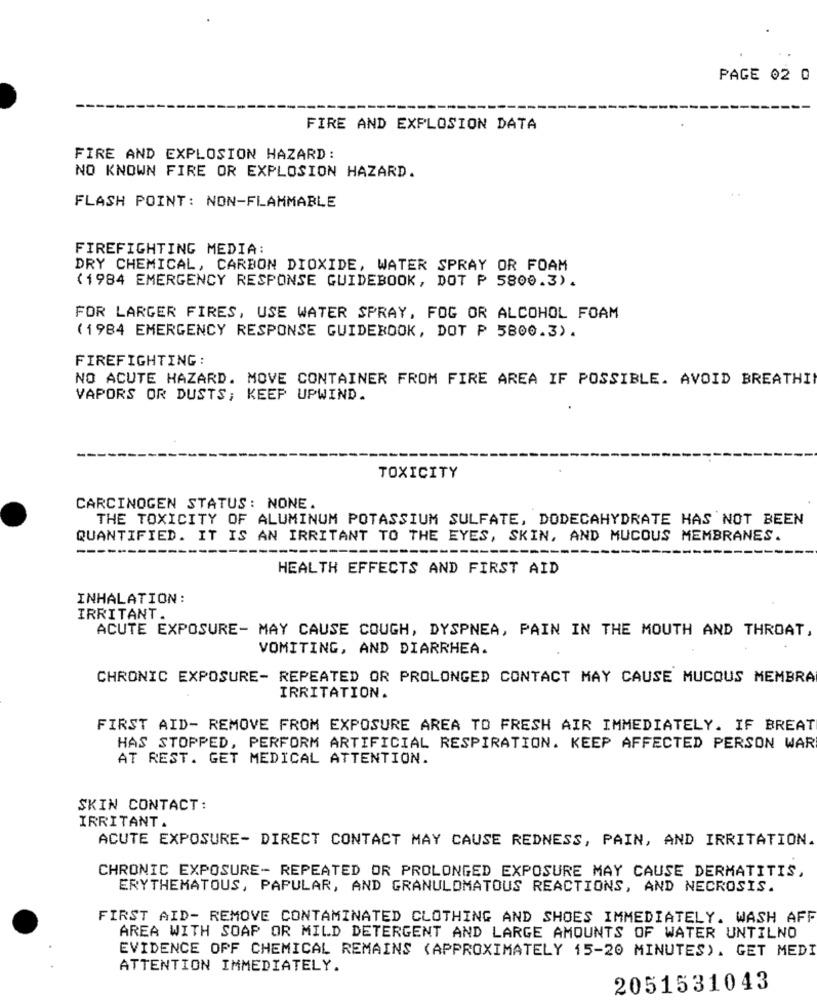
PAGE 02 0
FIRE AND EXPLOSION DATA
FIRE AND EXPLOSION HAZARD:
NO KNOWN FIRE OR EXPLOSION HAZARD.
FLASH POINT: NON-FLAMMABLE
FIREFIGHTING MEDIA:
DRY CHEMICAL, CARBON DIOXIDE, WATER SPRAY OR FOAM
(1984 EMERGENCY RESPONSE GUIDEBOOK, DOT P 5800.3).
FOR LARGER FIRES, USE WATER SPRAY, FOG OR ALCOHOL FOAM
(1984 EMERGENCY RESPONSE GUIDEBOOK, DOT P 5800.3).
FIREFIGHTING :
NO ACUTE HAZARD. MOVE CONTAINER FROM FIRE AREA IF POSSIBLE. AVOID BREATHIN
VAPORS OR DUSTS; KEEP UPWIND.
TOXICITY
CARCINOGEN STATUS: NONE.
THE TOXICITY OF ALUMINUM POTASSIUM SULFATE, DODECAHYDRATE HAS NOT BEEN
QUANTIFIED. IT IS AN IRRITANT TO THE EYES, SKIN, AND MUCOUS MEMBRANES.
HEALTH EFFECTS AND FIRST AID
INHALATION:
IRRITANT.
ACUTE EXPOSURE- MAY CAUSE COUGH, DYSPNEA, PAIN IN THE MOUTH AND THROAT,
VOMITING, AND DIARRHEA.
CHRONIC EXPOSURE- REPEATED OR PROLONGED CONTACT MAY CAUSE MUCOUS MEMBRA
IRRITATION.
FIRST AID- REMOVE FROM EXPOSURE AREA TO FRESH AIR IMMEDIATELY. IF BREAT
HAS STOPPED, PERFORM ARTIFICIAL RESPIRATION. KEEP AFFECTED PERSON WAR
AT REST. GET MEDICAL ATTENTION.
SKIN CONTACT:
IRRITANT.
ACUTE EXPOSURE- DIRECT CONTACT MAY CAUSE REDNESS, PAIN, AND IRRITATION
CHRONIC EXPOSURE- REPEATED OR PROLONGED EXPOSURE MAY CAUSE DERMATITIS,
ERYTHEMATOUS, PAPULAR, AND GRANULOMATOUS REACTIONS, AND NECROSIS.
FIRST AID- REMOVE CONTAMINATED CLOTHING AND SHOES IMMEDIATELY. WASH AFF
AREA WITH SOAP OR MILD DETERGENT AND LARGE AMOUNTS OF WATER UNTILNO
EVIDENCE OFF CHEMICAL REMAINS (APPROXIMATELY 15-20 MINUTES). GET MEDI
ATTENTION IMMEDIATELY.
2051531043